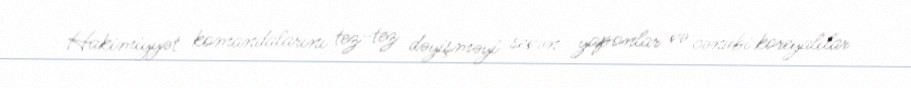
Hakimiyyət komandalarını tez-tez dəyişməyi sevən yaponlar və cənubi koreyalılar